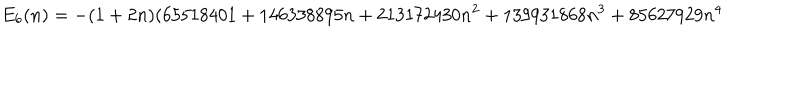
E _ { 6 } ( n ) = - ( 1 + 2 n ) ( 6 5 5 1 8 4 0 1 + 1 4 6 3 3 8 8 9 5 n + 2 1 3 1 7 2 4 3 0 n ^ { 2 } + 1 3 9 9 3 1 8 6 8 n ^ { 3 } + 8 5 6 2 7 9 2 9 n ^ { 4 }